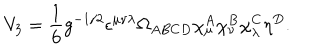
LaTeX: V _ { 3 } = \frac { 1 } { 6 } g ^ { - 1 / 2 } \epsilon ^ { \mu \nu \lambda } \Omega _ { A B C D } \chi _ { \mu } ^ { A } \chi _ { \nu } ^ { B } \chi _ { \lambda } ^ { C } \eta ^ { D } . \nonumber